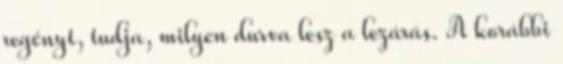
regényt, tudja, milyen durva lesz a lezárás. A korábbi